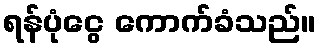
ရန်ပုံငွေ ကောက်ခံသည်။